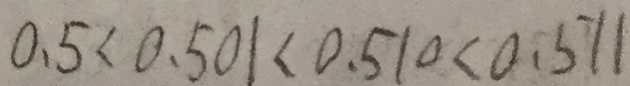
0 . 5 < 0 . 5 0 1 < 0 . 5 1 0 < 0 . 5 1 1